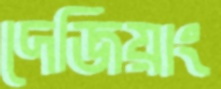
দেজিয়াং